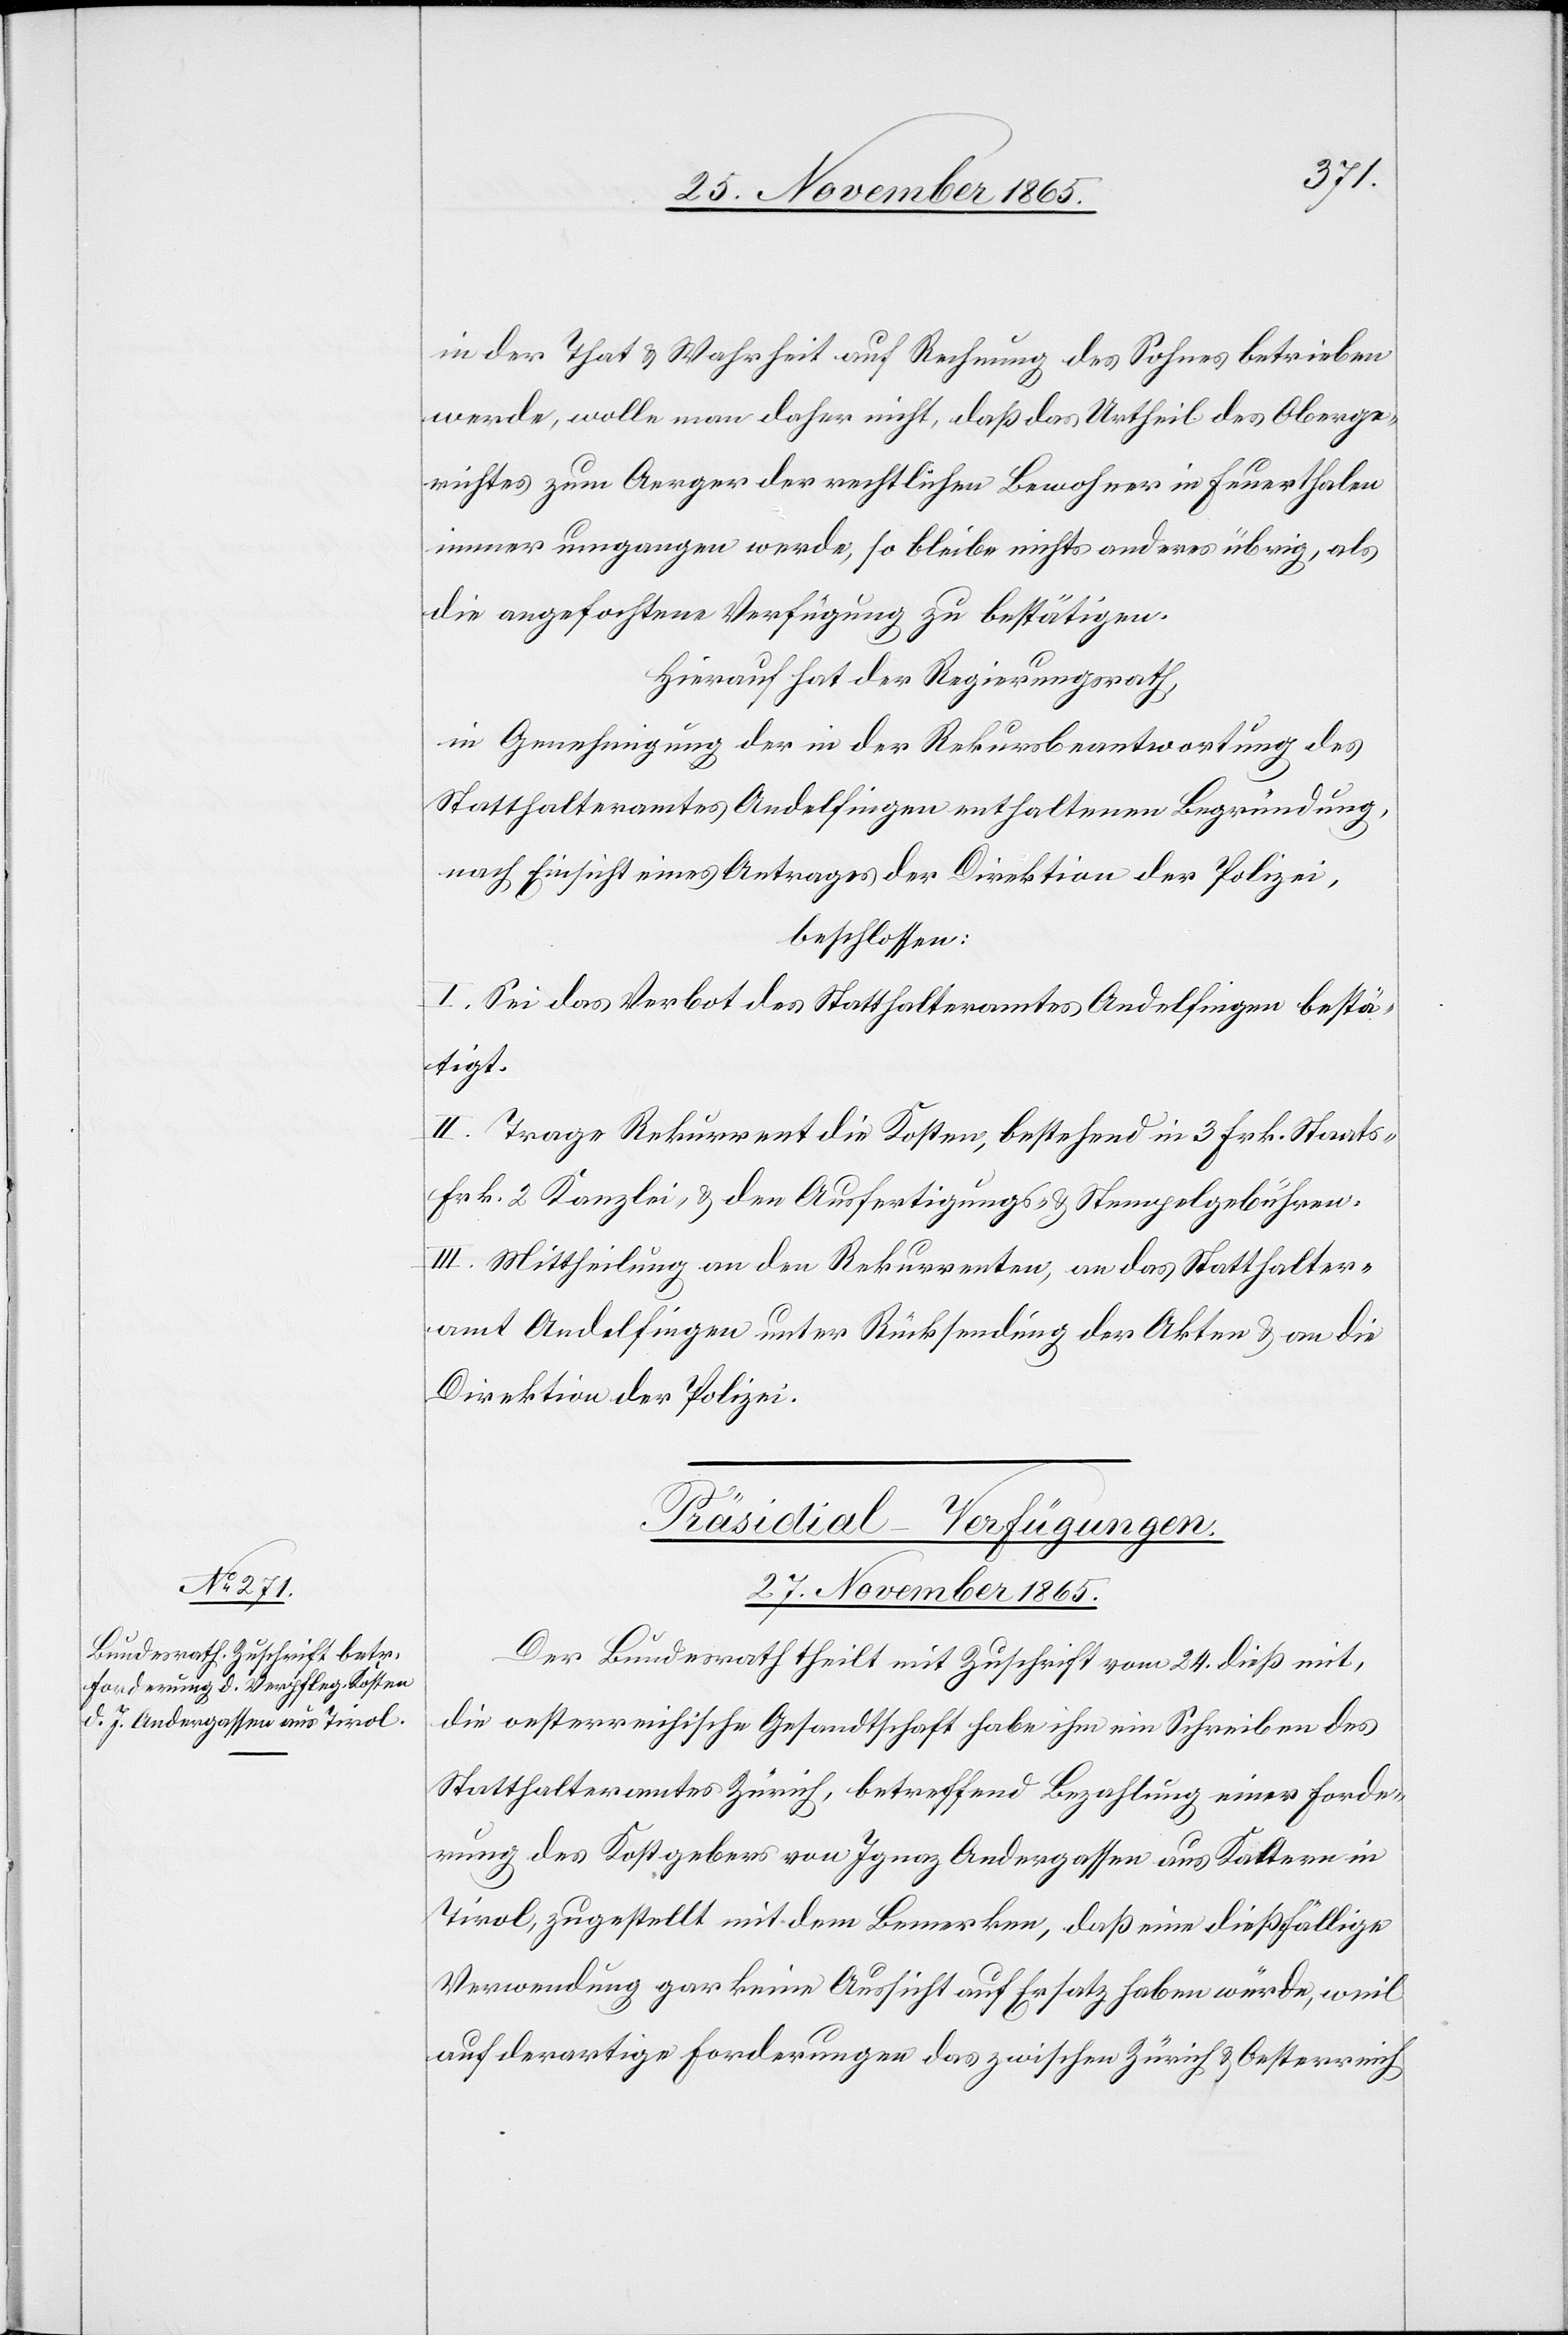
Forde¬
in der That & Wahrheit auf Rechnung des Sohnes betrieben
werde, wolle man daher nicht, daß das Urtheil des Oberge¬
richtes zum Aerger der rechtlichen Bewohner in Feuerthalen
immer umgangen werde, so bleibe nichts anderes übrig, als
die angefochtene Verfügung zu bestätigen.
Hierauf hat der Regierungsrath,
in Genehmigung der in der Rekursbeantwortung des
Statthalteramtes Andelfingen enthaltenen Begründung,
nach Einsicht eines Antrages der Direktion der Polizei,
beschlossen:
I. Sei das Verbot des Statthalteramtes Andelfingen bestä¬
tigt.
II. Trage Rekurrent die Kosten, bestehend in 3 Frk. Staats-
Frk. 2 Kanzlei- & den Ausfertigungs- und Stempelgebühren.
III. Mittheilung an den Rekurrenten, an das Statthalter¬
amt Andelfingen unter Rücksendung der Akten & an die
Direktion der Polizei.
Präsidial-Verfügungen.
27. November 1865.
Der Bundesrath theilt mit Zuschrift vom 24. dieß mit,
die oesterreichische Gesandtschaft habe ihm ein Schreiben einer
rung des Kostgebers von Ignaz Andergassen aus Kaltern in
Tirol, zugestellt mit dem Bemerken, daß eine dießfällige
Verwendung gar keine Aussicht auf Ersatz haben würde, weil
auf derartige Forderungen das zwischen Zürich & Oesterreich